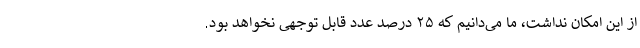
از این امکان نداشت، ما می‌دانیم که ۲۵ درصد عدد قابل توجهی نخواهد بود.